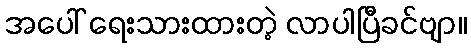
အပေါ် ရေးသားထားတဲ့ လာပါပြီခင်ဗျာ။